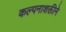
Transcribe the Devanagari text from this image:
कल्पनाशक्तीने